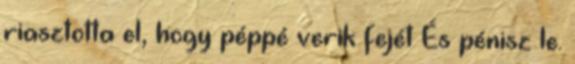
riasztotta el, hogy péppé verik fejét És pénisz le.